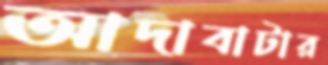
আদাবাটার